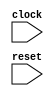
module behavioral_modeling_block (
    input wire clock,
    input wire reset
);

reg q;

always @(posedge clock or negedge reset) begin
    if (~reset) begin
        q <= 1'b0;
    end else begin
        q <= 1'b1;
    end
end

endmodule